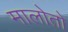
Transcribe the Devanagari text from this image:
मालोतो